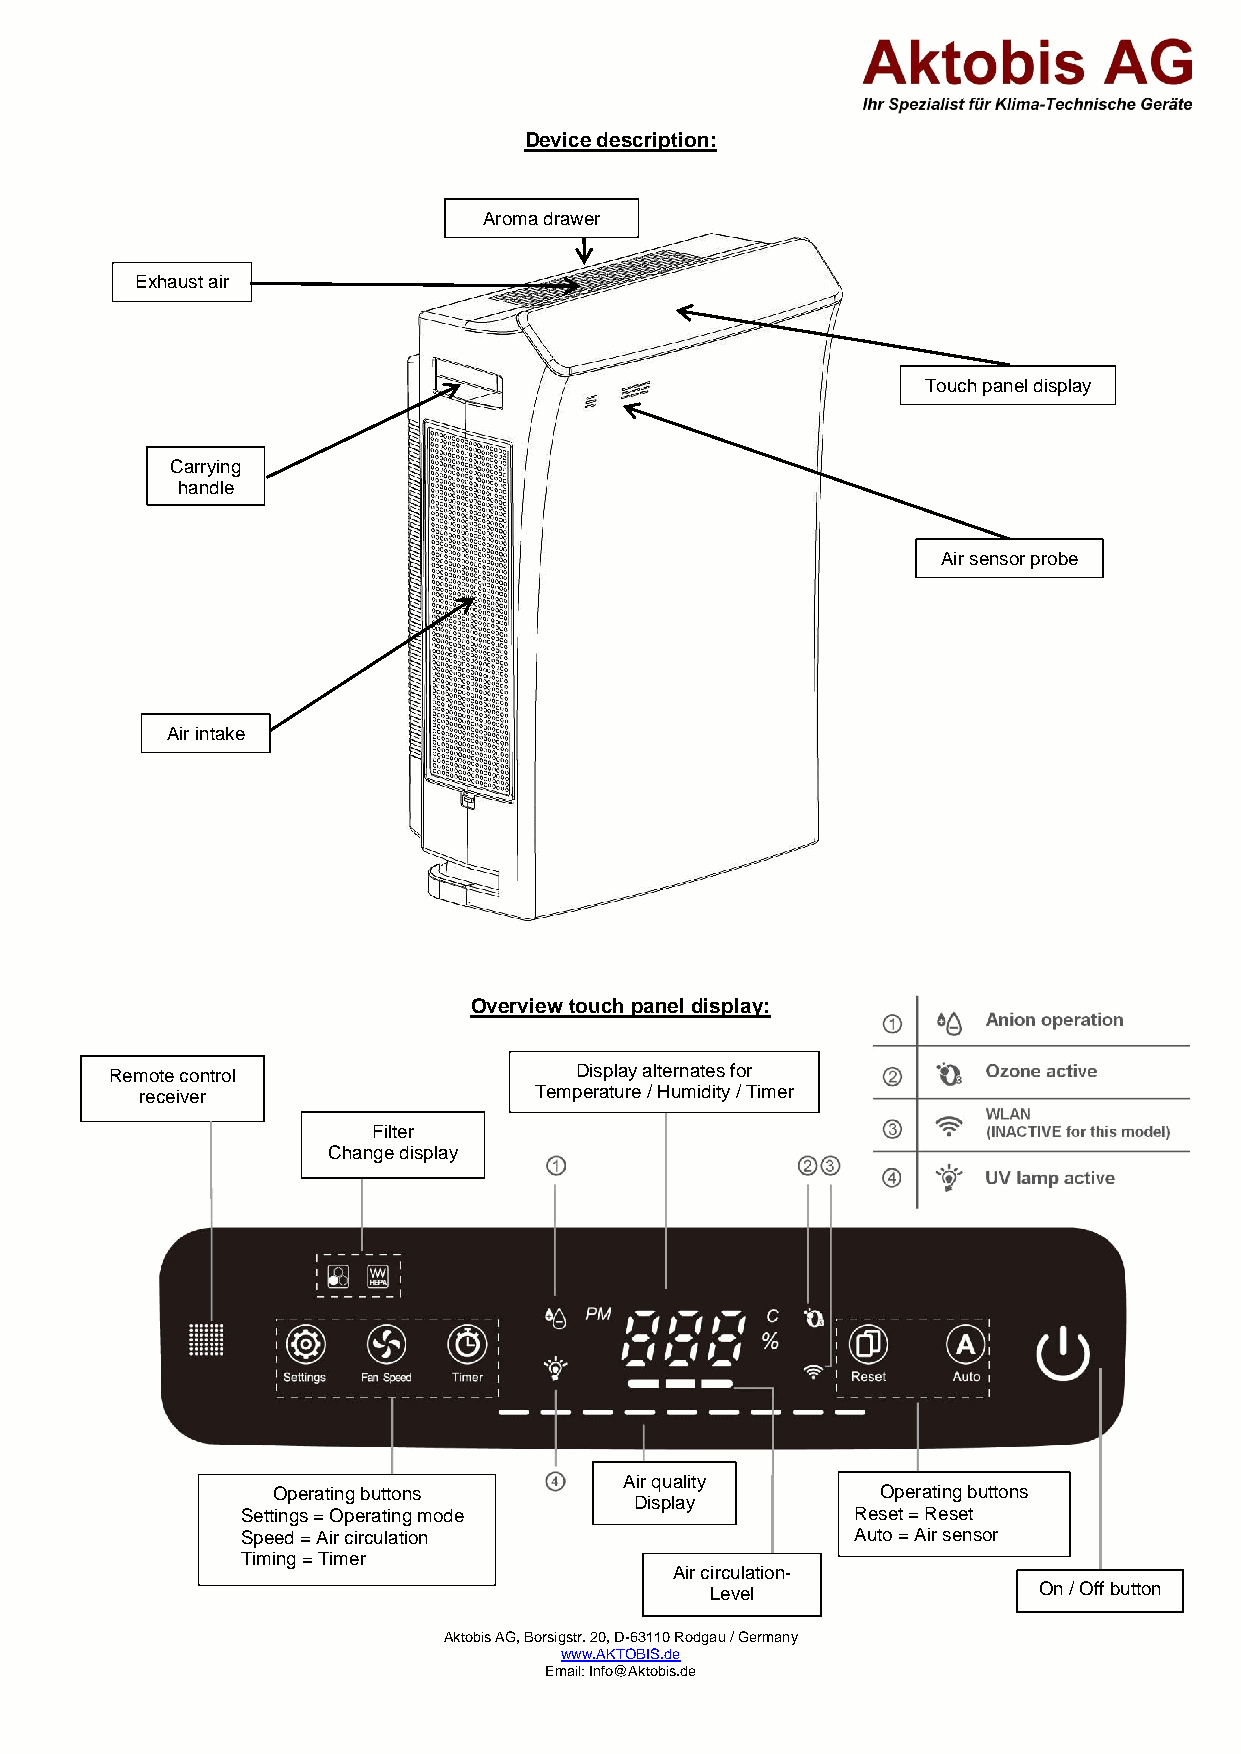
Device description:
 Aroma drawer
 Exhaust air
 Touch panel display
 Carrying
 handle
 Air sensor probe
 Air intake
 Overview touch panel display:
 Remote control                 Displa y alternates for
 receiver                  Temperatu re / Humidity / Timer
 Filter
 Change display
 Air quality
 Operating buttons                       Operating buttons
 Display
 Settings = Operating mode                Reset = Reset
 Speed = Air circulation                  Auto = Air sensor
 Timing = Timer
 Air circulation-
 Level                 On / Off button
 Aktobis AG, Borsigstr. 20, D-63110 Rodgau / Germany
 www.AKTOBIS.de
 Email: Info@Aktobis.de